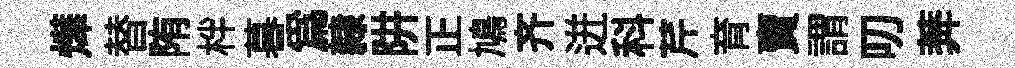
燁替陏柈暮爲隸阱正鳩齐迸科芹育賣謂叨莾